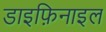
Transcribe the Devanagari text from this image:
डाइफ़िनाइल